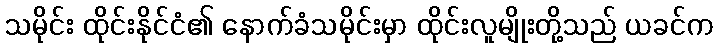
သမိုင်း ထိုင်းနိုင်ငံ၏ နောက်ခံသမိုင်းမှာ ထိုင်းလူမျိုးတို့သည် ယခင်က